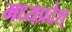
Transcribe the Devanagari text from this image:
मध्यप्रदेश्